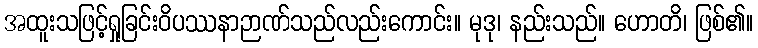
အထူးသဖြင့်ရှုခြင်းဝိပဿနာဉာဏ်သည်လည်းကောင်း။ မုဒု၊ နည်းသည်။ ဟောတိ၊ ဖြစ်၏။